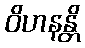
ဝိဟနန္တိ